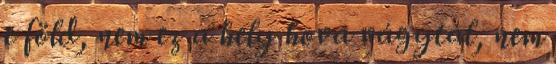
e föld, nem ez a hely hova vágytál, nem